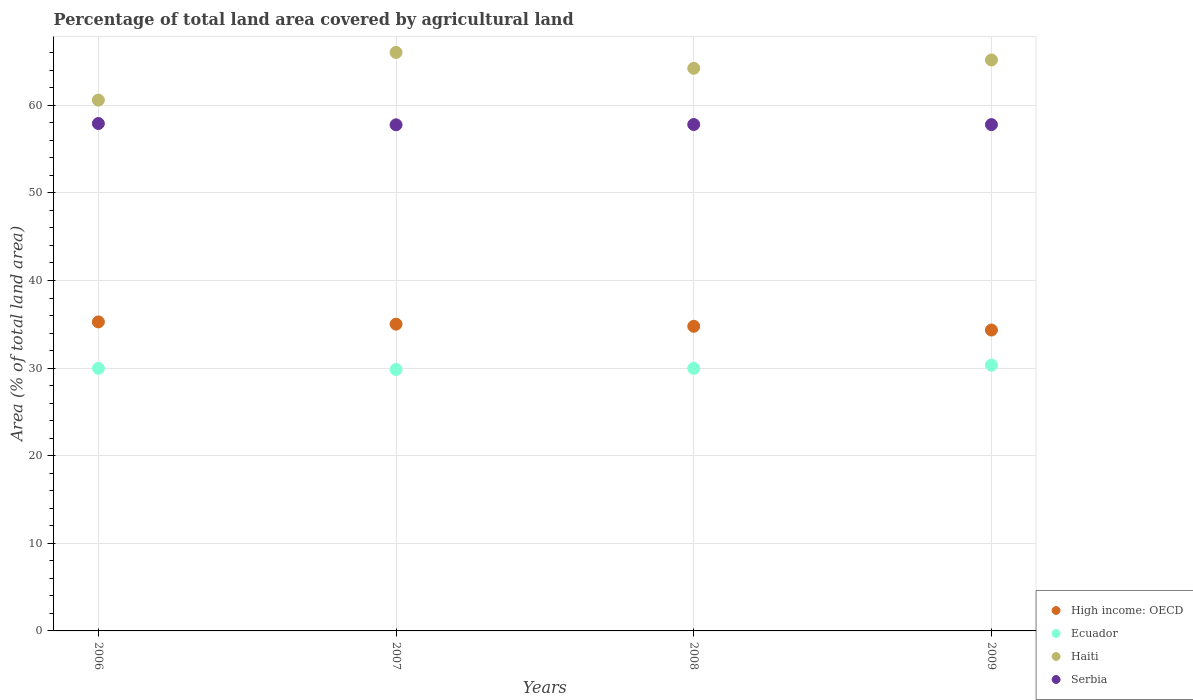
| Years | High income: OECD | Ecuador | Haiti | Serbia |
 | --- | --- | --- | --- | --- |
 | 2006 | 35.3 | 30 | 60.6 | 57.9 |
 | 2007 | 35 | 29.8 | 66 | 57.8 |
 | 2008 | 34.8 | 30 | 64.2 | 57.8 |
 | 2009 | 34.3 | 30.3 | 65.2 | 57.8 |